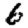
Digit: 6